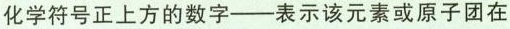
化学符号正上方的数字——表示该元素或原子团在